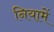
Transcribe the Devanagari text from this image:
नियामें